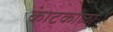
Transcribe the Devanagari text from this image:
काटकोळा